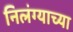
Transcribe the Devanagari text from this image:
निलंग्याच्या